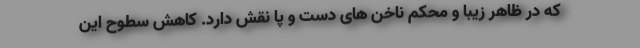
که در ظاهر زیبا و محکم ناخن های دست و پا نقش دارد. کاهش سطوح این